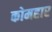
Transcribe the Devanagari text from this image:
कोमहार